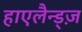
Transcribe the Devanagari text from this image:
हाएलैन्ड्ज़